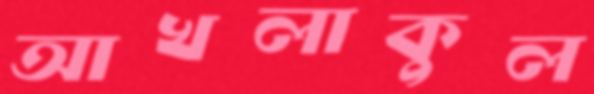
আখলাকুল